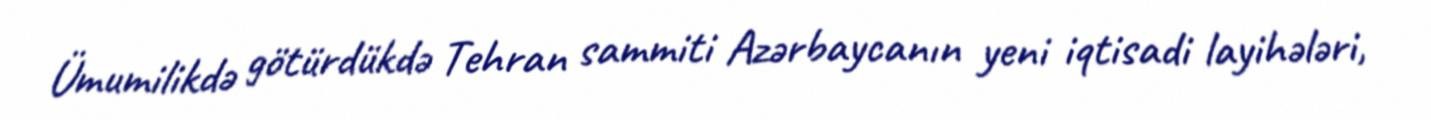
Ümumilikdə götürdükdə Tehran sammiti Azərbaycanın yeni iqtisadi layihələri,